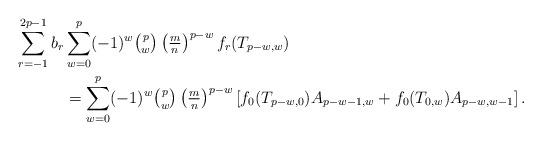
LaTeX: \begin{align*}\begin{aligned}\sum_{r = -1}^{2p-1} b_r &\sum_{w=0}^{p} (-1)^w \tbinom pw \left(\tfrac mn\right)^{p-w}f_r(T_{p-w,w})\\ &= \sum_{w=0}^{p} (-1)^w\tbinom pw \left(\tfrac mn\right)^{p-w}\left[f_0(T_{p-w,0})A_{p-w-1,w} + f_0(T_{0,w})A_{p-w,w-1}\right].\end{aligned}\end{align*}